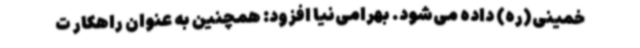
خمینی(ره) داده می‌شود. بهرامی‌نیا افزود: همچنین به عنوان راهکار ت